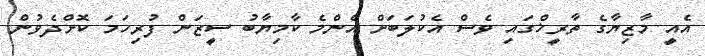
އެއީ މާޒިޔާގެ ތާރީޚްގައި ވެސް އެކުލަބަށް އެންމެ ކާމިޔާބު ސީޒަން ފުރިހަމަ ކޮށްދެވުން